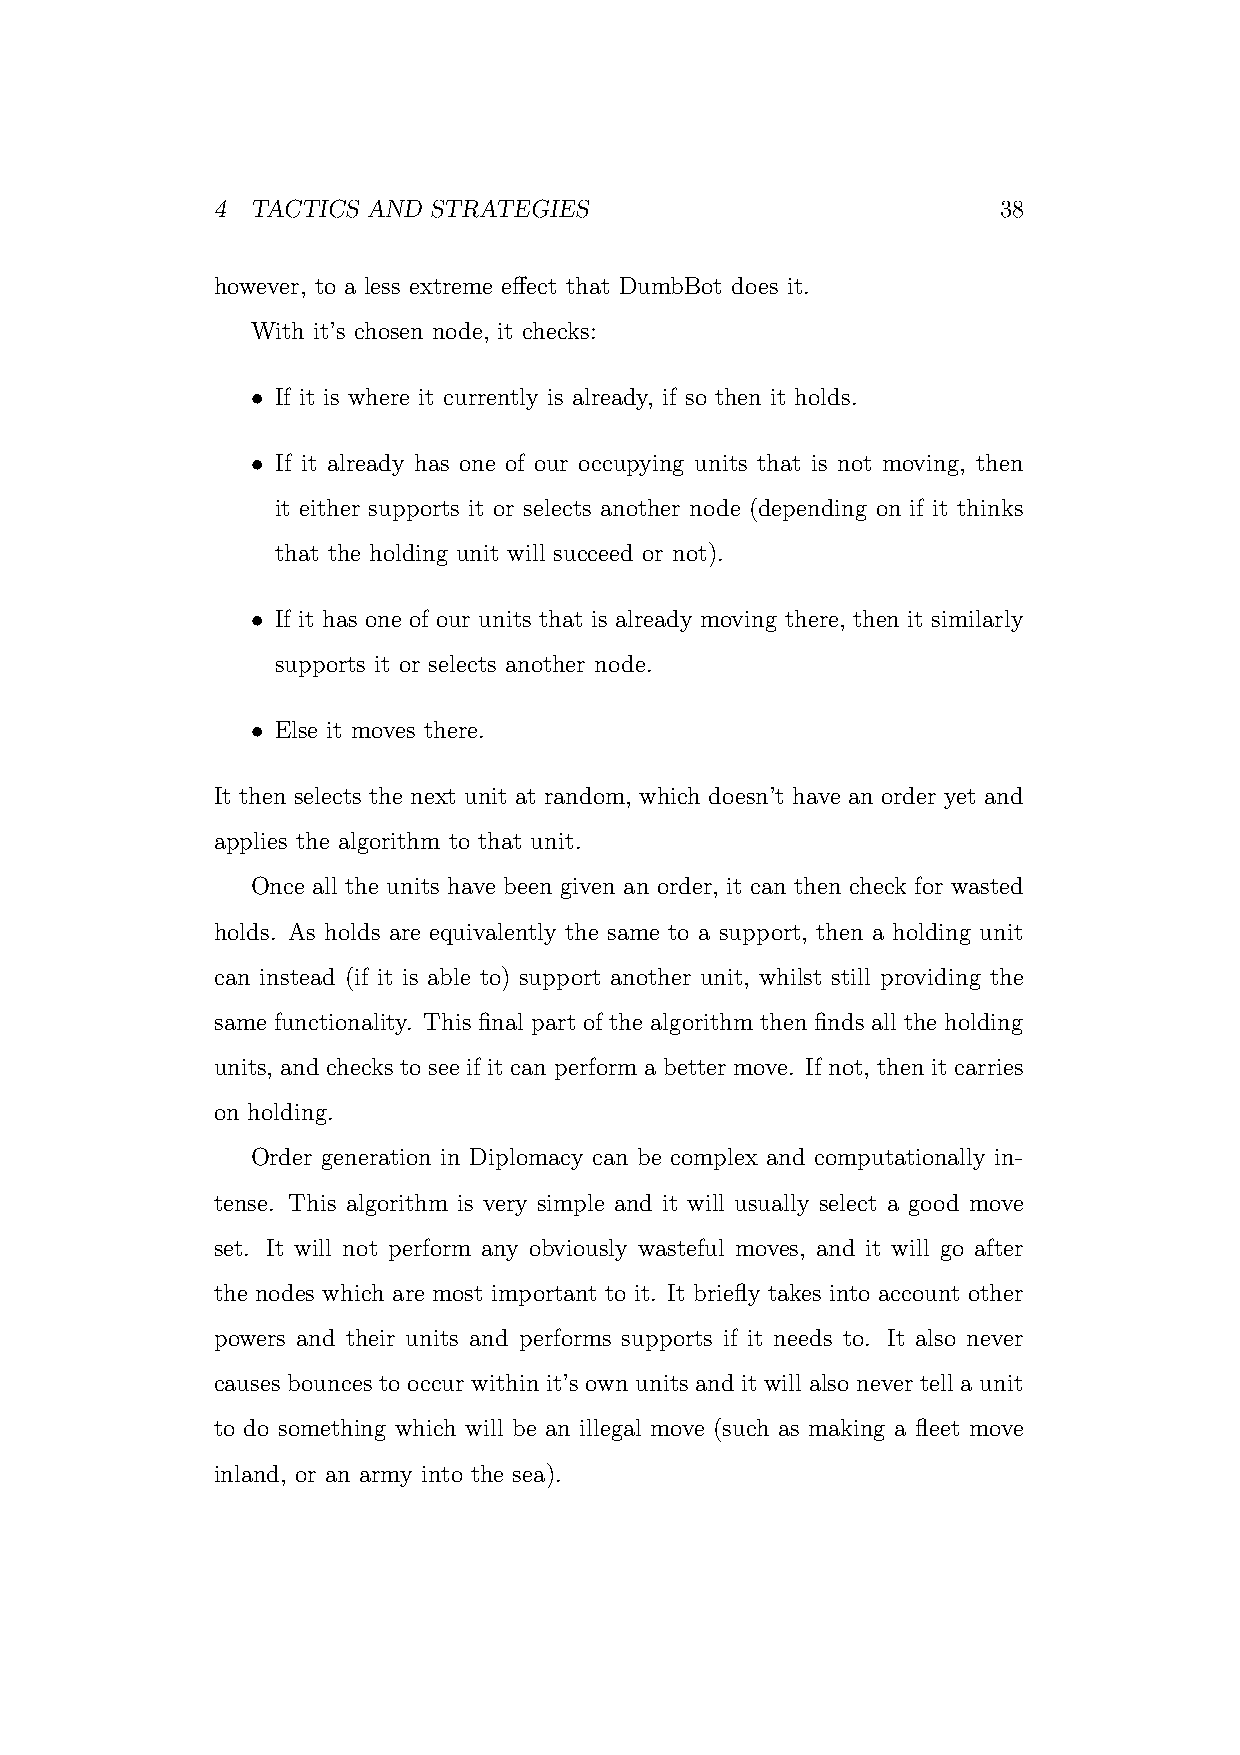
4  TACTICS AND STRATEGIES                           38
 however, to a less extreme effect that DumbBot does it.
 With it’s chosen node, it checks:
 • If it is where it currently is already, if so then it holds.
 • If it already has one of our occupying units that is not moving, then
 it either supports it or selects another node (depending on if it thinks
 that the holding unit will succeed or not).
 • If it has one of our units that is already moving there, then it similarly
 supports it or selects another node.
 • Else it moves there.
 It then selects the next unit at random, which doesn’t have an order yet and
 applies the algorithm to that unit.
 Once all the units have been given an order, it can then check for wasted
 holds. As holds are equivalently the same to a support, then a holding unit
 can instead (if it is able to) support another unit, whilst still providing the
 same functionality. This final part of the algorithm then finds all the holding
 units, and checks to see if it can perform a better move. If not, then it carries
 on holding.
 Order generation in Diplomacy can be complex and computationally in-
 tense. This algorithm is very simple and it will usually select a good move
 set. It will not perform any obviously wasteful moves, and it will go after
 the nodes which are most important to it. It briefly takes into account other
 powers and their units and performs supports if it needs to. It also never
 causes bounces to occur within it’s own units and it will also never tell a unit
 to do something which will be an illegal move (such as making a fleet move
 inland, or an army into the sea).